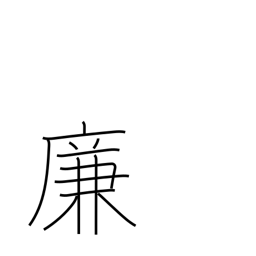
Meaning: account